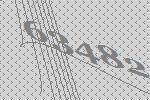
63482